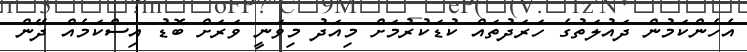
އެހެންކަމުން ދައުލަތުގެ ހަރަދުތައް ކުޑަކުރުމަށް މިއަދު މިވަނީ ވަރަށް ބޮޑު އިސްކަމެއް ދޭން